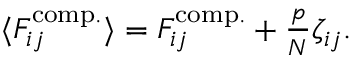
\begin{array} { r } { \langle F _ { i j } ^ { \mathrm { c o m p . } } \rangle = F _ { i j } ^ { \mathrm { c o m p . } } + \frac { p } { N } \zeta _ { i j } . } \end{array}